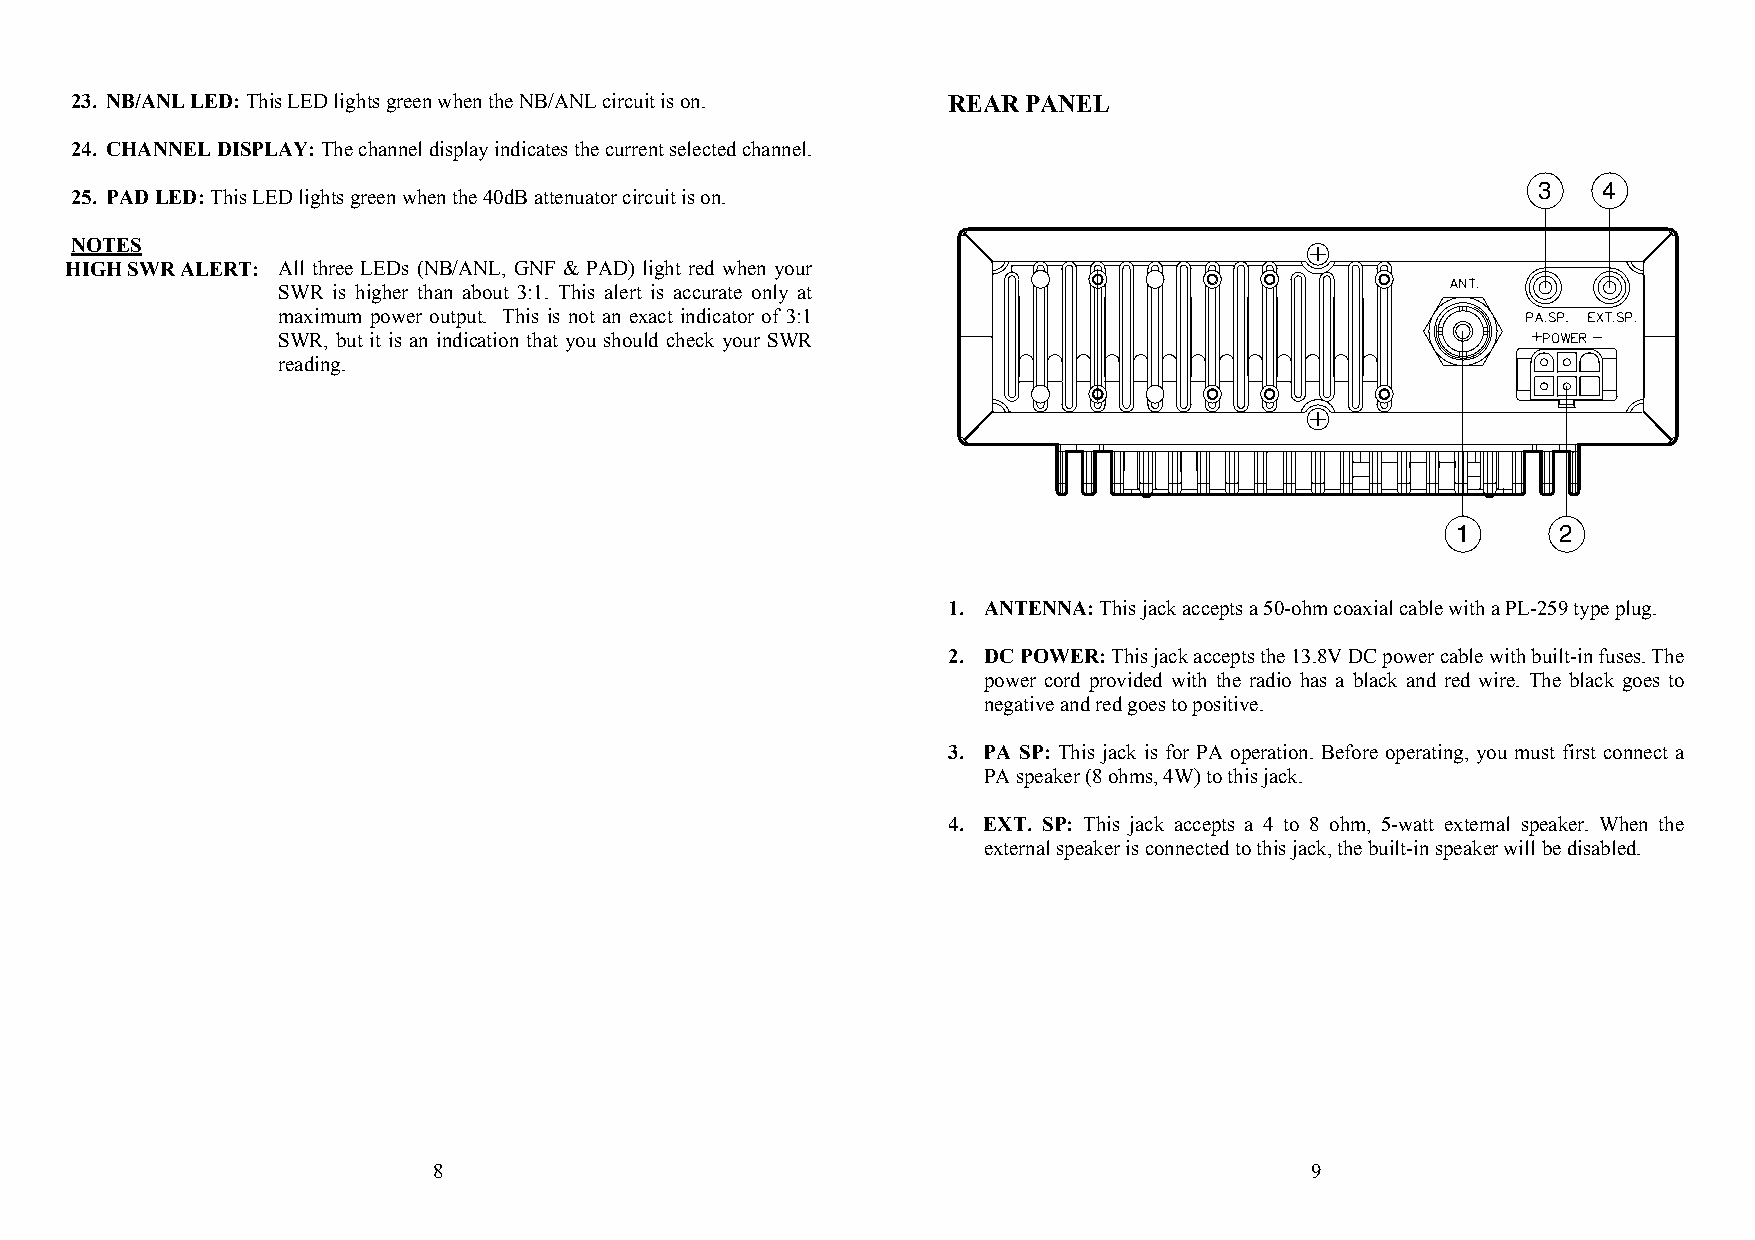
23. NB/ANL LED: This LED lights green when the NB/ANL circuit is on. REAR PANEL
 24. CHANNEL DISPLAY: The channel display indicates the current selected channel.
 3   4
 25. PAD LED: This LED lights green when the 40dB attenuator circuit is on.
 NOTES
 HIGH SWR ALERT: All three LEDs (NB/ANL, GNF & PAD) light red when your
 SWR is higher than about 3:1. This alert is accurate only at
 maximum power output. This is not an exact indicator of 3:1
 SWR, but it is an indication that you should check your SWR
 reading.
 1      2
 1. ANTENNA: This jack accepts a 50-ohm coaxial cable with a PL-259 type plug.
 2. DC POWER: This jack accepts the 13.8V DC power cable with built-in fuses. The
 power cord provided with the radio has a black and red wire. The black goes to
 negative and red goes to positive.
 3. PA SP: This jack is for PA operation. Before operating, you must first connect a
 PA speaker (8 ohms, 4W) to this jack.
 4. EXT. SP: This jack accepts a 4 to 8 ohm, 5-watt external speaker. When the
 external speaker is connected to this jack, the built-in speaker will be disabled.
 8                                                         9